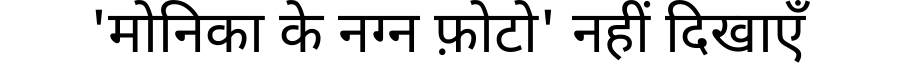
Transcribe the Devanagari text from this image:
'मोनिका के नग्न फ़ोटो' नहीं दिखाएँ